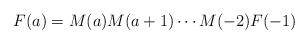
LaTeX: \begin{align*} F(a) = M(a) M(a+1) \cdots M(-2) F(-1)\end{align*}